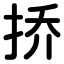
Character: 挢